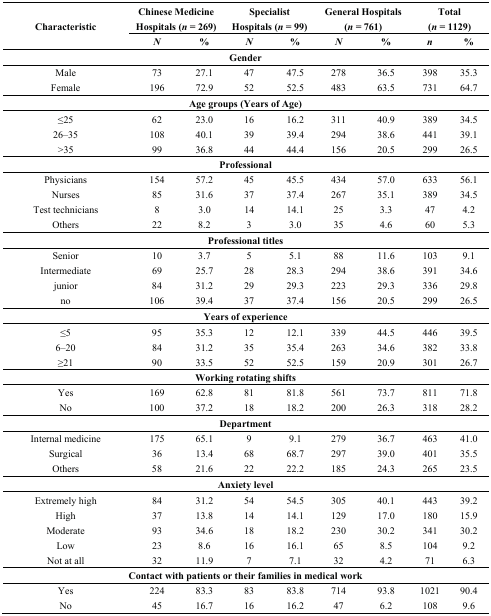
<table><thead><tr><td rowspan="2"><b>Characteristic</b></td><td colspan="2"><b>Chinese Medicine Hospitals (<i>n</i> = 269)</b></td><td colspan="2"><b>Specialist Hospitals (<i>n</i> = 99)</b></td><td colspan="2"><b>General Hospitals (<i>n</i> = 761)</b></td><td colspan="2"><b>Total (<i>n</i> = 1129)</b></td></tr><tr><td><b><i>N</i></b></td><td><b>%</b></td><td><b><i>N</i></b></td><td><b>%</b></td><td><b><i>N</i></b></td><td><b>%</b></td><td><b><i>n</i></b></td><td><b>%</b></td></tr></thead><tbody><tr><td colspan="9"><b>Gender</b></td></tr><tr><td>Male</td><td>73</td><td>27.1</td><td>47</td><td>47.5</td><td>278</td><td>36.5</td><td>398</td><td>35.3</td></tr><tr><td>Female</td><td>196</td><td>72.9</td><td>52</td><td>52.5</td><td>483</td><td>63.5</td><td>731</td><td>64.7</td></tr><tr><td colspan="9"><b>Age groups (Years of Age)</b></td></tr><tr><td>≤25</td><td>62</td><td>23.0</td><td>16</td><td>16.2</td><td>311</td><td>40.9</td><td>389</td><td>34.5</td></tr><tr><td>26–35</td><td>108</td><td>40.1</td><td>39</td><td>39.4</td><td>294</td><td>38.6</td><td>441</td><td>39.1</td></tr><tr><td>&gt;35</td><td>99</td><td>36.8</td><td>44</td><td>44.4</td><td>156</td><td>20.5</td><td>299</td><td>26.5</td></tr><tr><td colspan="9"><b>Professional</b></td></tr><tr><td>Physicians</td><td>154</td><td>57.2</td><td>45</td><td>45.5</td><td>434</td><td>57.0</td><td>633</td><td>56.1</td></tr><tr><td>Nurses</td><td>85</td><td>31.6</td><td>37</td><td>37.4</td><td>267</td><td>35.1</td><td>389</td><td>34.5</td></tr><tr><td>Test technicians</td><td>8</td><td>3.0</td><td>14</td><td>14.1</td><td>25</td><td>3.3</td><td>47</td><td>4.2</td></tr><tr><td>Others</td><td>22</td><td>8.2</td><td>3</td><td>3.0</td><td>35</td><td>4.6</td><td>60</td><td>5.3</td></tr><tr><td colspan="9"><b>Professional titles</b></td></tr><tr><td>Senior</td><td>10</td><td>3.7</td><td>5</td><td>5.1</td><td>88</td><td>11.6</td><td>103</td><td>9.1</td></tr><tr><td>Intermediate</td><td>69</td><td>25.7</td><td>28</td><td>28.3</td><td>294</td><td>38.6</td><td>391</td><td>34.6</td></tr><tr><td>junior</td><td>84</td><td>31.2</td><td>29</td><td>29.3</td><td>223</td><td>29.3</td><td>336</td><td>29.8</td></tr><tr><td>no</td><td>106</td><td>39.4</td><td>37</td><td>37.4</td><td>156</td><td>20.5</td><td>299</td><td>26.5</td></tr><tr><td colspan="9"><b>Years of experience</b></td></tr><tr><td>≤5</td><td>95</td><td>35.3</td><td>12</td><td>12.1</td><td>339</td><td>44.5</td><td>446</td><td>39.5</td></tr><tr><td>6–20</td><td>84</td><td>31.2</td><td>35</td><td>35.4</td><td>263</td><td>34.6</td><td>382</td><td>33.8</td></tr><tr><td>≥21</td><td>90</td><td>33.5</td><td>52</td><td>52.5</td><td>159</td><td>20.9</td><td>301</td><td>26.7</td></tr><tr><td colspan="9"><b>Working rotating shifts</b></td></tr><tr><td>Yes</td><td>169</td><td>62.8</td><td>81</td><td>81.8</td><td>561</td><td>73.7</td><td>811</td><td>71.8</td></tr><tr><td>No</td><td>100</td><td>37.2</td><td>18</td><td>18.2</td><td>200</td><td>26.3</td><td>318</td><td>28.2</td></tr><tr><td colspan="9"><b>Department</b></td></tr><tr><td>Internal medicine</td><td>175</td><td>65.1</td><td>9</td><td>9.1</td><td>279</td><td>36.7</td><td>463</td><td>41.0</td></tr><tr><td>Surgical</td><td>36</td><td>13.4</td><td>68</td><td>68.7</td><td>297</td><td>39.0</td><td>401</td><td>35.5</td></tr><tr><td>Others</td><td>58</td><td>21.6</td><td>22</td><td>22.2</td><td>185</td><td>24.3</td><td>265</td><td>23.5</td></tr><tr><td colspan="9"><b>Anxiety level</b></td></tr><tr><td>Extremely high</td><td>84</td><td>31.2</td><td>54</td><td>54.5</td><td>305</td><td>40.1</td><td>443</td><td>39.2</td></tr><tr><td>High</td><td>37</td><td>13.8</td><td>14</td><td>14.1</td><td>129</td><td>17.0</td><td>180</td><td>15.9</td></tr><tr><td>Moderate</td><td>93</td><td>34.6</td><td>18</td><td>18.2</td><td>230</td><td>30.2</td><td>341</td><td>30.2</td></tr><tr><td>Low</td><td>23</td><td>8.6</td><td>16</td><td>16.1</td><td>65</td><td>8.5</td><td>104</td><td>9.2</td></tr><tr><td>Not at all</td><td>32</td><td>11.9</td><td>7</td><td>7.1</td><td>32</td><td>4.2</td><td>71</td><td>6.3</td></tr><tr><td colspan="9"><b>Contact with patients or their families in medical work</b></td></tr><tr><td>Yes</td><td>224</td><td>83.3</td><td>83</td><td>83.8</td><td>714</td><td>93.8</td><td>1021</td><td>90.4</td></tr><tr><td>No</td><td>45</td><td>16.7</td><td>16</td><td>16.2</td><td>47</td><td>6.2</td><td>108</td><td>9.6</td></tr></tbody></table>